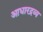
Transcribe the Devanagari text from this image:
आधारद्रव्य